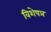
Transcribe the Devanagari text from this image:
विशेषञ